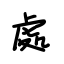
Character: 處